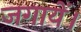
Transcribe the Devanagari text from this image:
जगायें।